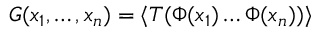
G ( x _ { 1 } , \dots , x _ { n } ) = \langle T ( \Phi ( x _ { 1 } ) \dots \Phi ( x _ { n } ) ) \rangle